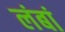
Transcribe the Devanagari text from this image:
लंबां